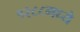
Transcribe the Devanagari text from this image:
१२८८मध्ये